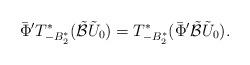
LaTeX: \begin{align*}\bar\Phi' T_{-B_2^*}^*(\tilde{\mathcal B}\tilde U_{0})= T_{-B_2^*}^*(\bar\Phi'\tilde{\mathcal B}\tilde U_{0}).\end{align*}